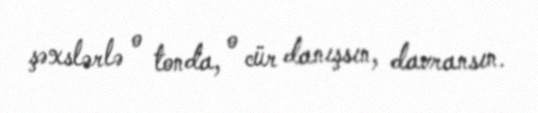
şəxslərlə o tonda, o cür danışsın, davransın.